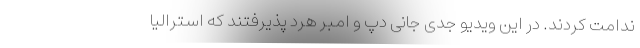
ندامت کردند. در این ویدیو جدی جانی دپ و امبر هرد پذیرفتند که استرالیا